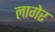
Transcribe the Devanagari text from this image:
लागेर